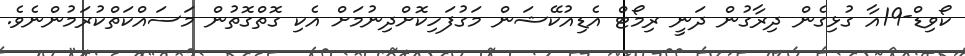
ކޯވިޑް-19އާ ގުޅިގެން ދިރާގުން ދަނީ ރިމޯޓް އެޑިއުކޭޝަން މަގުފަހިކޮށްދިނުމަށް އެކި ގޮތްގޮތުން މަސައްކަތްކުރަމުންނެވެ.